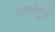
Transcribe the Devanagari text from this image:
बस्तीमुळे